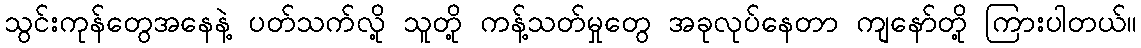
သွင်းကုန်တွေအနေနဲ့ ပတ်သက်လို့ သူတို့ ကန့်သတ်မှုတွေ အခုလုပ်နေတာ ကျနော်တို့ ကြားပါတယ်။